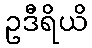
ဥဒီရိယိ